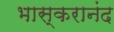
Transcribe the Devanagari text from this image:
भास्करानंद